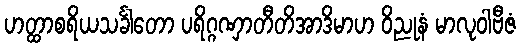
ဟတ္ထာစရိယသင်္ခါတော ပရိဂ္ဂဏှာတီတိအာဒိမာဟ ဝိညုနံ မာလုဝါဗီဇံ